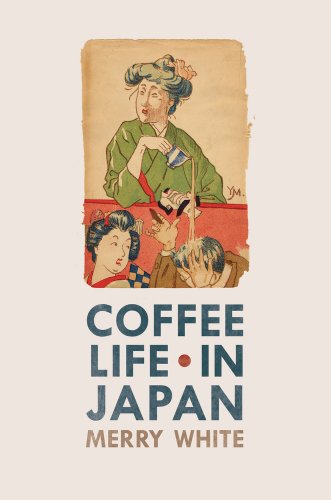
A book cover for Coffee Life in Japan; Merry White; Cookbooks, Food & Wine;